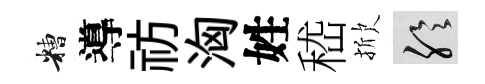
糟導祊洶姓嵇掀聆